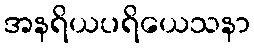
အနရိယပရိယေသနာ